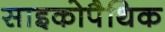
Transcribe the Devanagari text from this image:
साइकोपैथिक